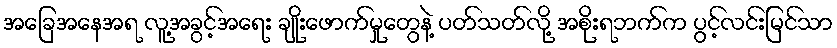
အခြေအနေအရ လူ့အခွင့်အရေး ချိုးဖောက်မှုတွေနဲ့ ပတ်သတ်လို့ အစိုးရဘက်က ပွင့်လင်းမြင်သာ